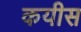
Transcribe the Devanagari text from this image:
कयीस